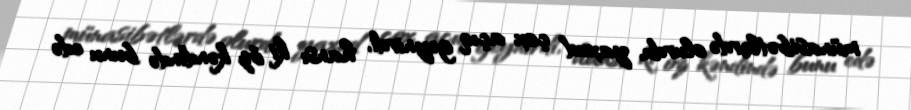
münasibətlərdə olurdu, yaxud çox açıq geynirdi, hansı ki öz kəndində bunu edə